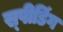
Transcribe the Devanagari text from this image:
स्‍पीडिंग